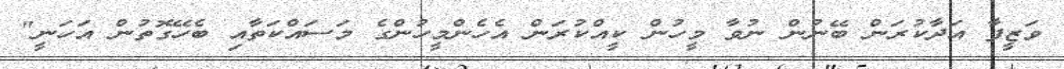
ވަޒީފާ އަދާކުރަން ބޭނުން ނުވާ މީހުން ކީއްކުރަން އެހެންމީހުންގެ މަސައްކަތާއި ބެހޭގޮތުން އަހަނީ"